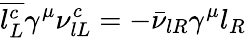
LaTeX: \overline{{{l_{L}^{c}}}}\gamma^{\mu}\nu_{lL}^{c}=-\bar{\nu}_{lR}\gamma^{\mu}l_{R}